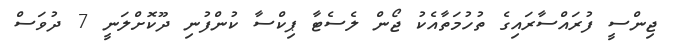
ޖިންސީ ފުރައްސާރައިގެ ތުހުމަތާއެކު ޖޯން ލެސެޓާ ޕިކްސާ ކުންފުނި ދޫކޮށްލަނީ 7 ދުވަސް